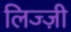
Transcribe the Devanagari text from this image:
लिज्ज़ी